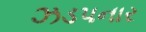
ઝડપનાર